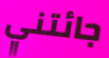
جائتني